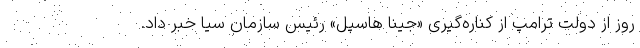
روز از دولت ترامپ از کناره‌گیری «جینا هاسپل» رئیس سازمان سیا خبر داد.